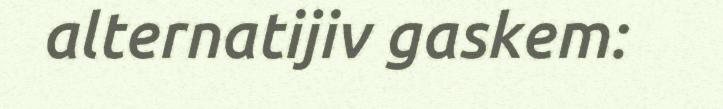
alternatijiv gaskem: